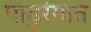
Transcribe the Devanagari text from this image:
पांडुरंगात